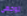
توجهي